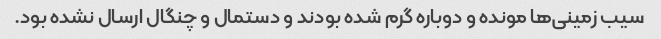
سیب زمینی‌ها مونده و دوباره گرم شده بودند و دستمال و چنگال ارسال نشده بود.